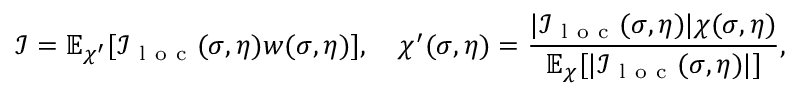
\mathcal { I } = \mathbb { E } _ { \chi ^ { \prime } } [ \mathcal { I } _ { \mathrm { ~ l ~ o ~ c ~ } } ( \sigma , \eta ) w ( \sigma , \eta ) ] , \quad \chi ^ { \prime } ( \sigma , \eta ) = \frac { | \mathcal { I } _ { \mathrm { ~ l ~ o ~ c ~ } } ( \sigma , \eta ) | \chi ( \sigma , \eta ) } { \mathbb { E } _ { \chi } [ | \mathcal { I } _ { \mathrm { ~ l ~ o ~ c ~ } } ( \sigma , \eta ) | ] } ,